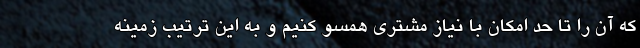
که آن را تا حد امکان با نیاز مشتری همسو کنیم و به این ترتیب زمینه